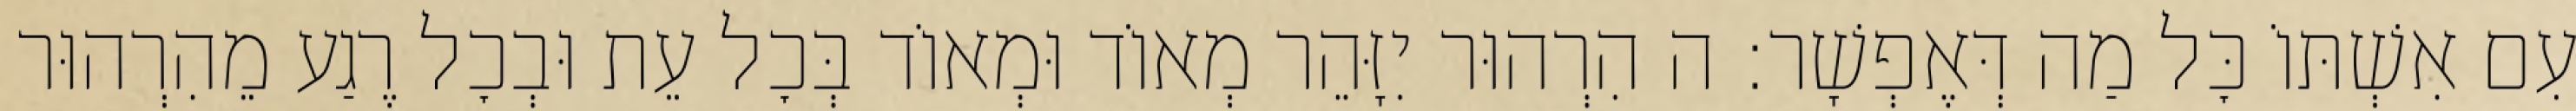
עִם אִשְׁתּוֹ כׇּל מַה דְּאֶפְשָׁר: ה הִרְהוּר יִזָּהֵר מְאוֹד וּמְאוֹד בְּכׇל עֵת וּבְכׇל רֶגַע מֵהִרְהוּר